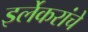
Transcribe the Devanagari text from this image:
इर्लेकरांचे